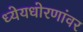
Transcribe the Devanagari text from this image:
ध्येयधोरणांवर